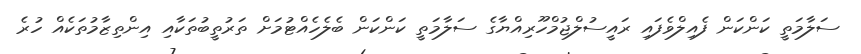
ސަލާމަތީ ކަންކަން ފެއިލްވެފައި ރައީސުލްޖުމްހޫރިއްޔާގެ ސަލާމަތީ ކަންކަން ބެލެހެއްޓުމަށް ތަރުތީބުތަކާއި އިންތިޒާމުތަކެއް ހުރެ